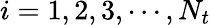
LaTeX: i=1,2,3,\cdots,N_{t}